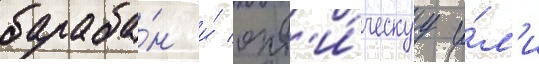
бараба́н и́ опт'и́ческуу и́л'и